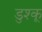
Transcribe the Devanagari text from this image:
डुश्कू